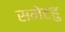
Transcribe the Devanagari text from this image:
समेटहु